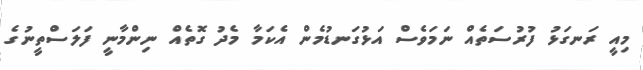
މިއީ ރަނގަޅު ފުރުސަތެއް ނަމަވެސް އަޅުގަނޑުމެން އެކަމާ މެދު ގޮތެއް ނިންމާނީ ފަލަސްތީނުގެ